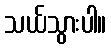
သယ်သွားပါ။